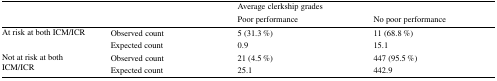
<table><thead><tr><td rowspan="2" colspan="2"></td><td colspan="2"><b>Average clerkship grades</b></td></tr><tr><td><b>Poor performance</b></td><td><b>No poor performance</b></td></tr></thead><tbody><tr><td rowspan="2">At risk at both ICM/ICR</td><td>Observed count</td><td>5 (31.3 %)</td><td>11 (68.8 %)</td></tr><tr><td>Expected count</td><td>0.9</td><td>15.1</td></tr><tr><td rowspan="2">Not at risk at both ICM/ICR</td><td>Observed count</td><td>21 (4.5 %)</td><td>447 (95.5 %)</td></tr><tr><td>Expected count</td><td>25.1</td><td>442.9</td></tr></tbody></table>